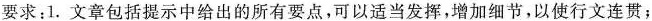
要求：1. 文章包括提示中给出的所有要点，可以适当发挥，增加细节，以使行文连贯；